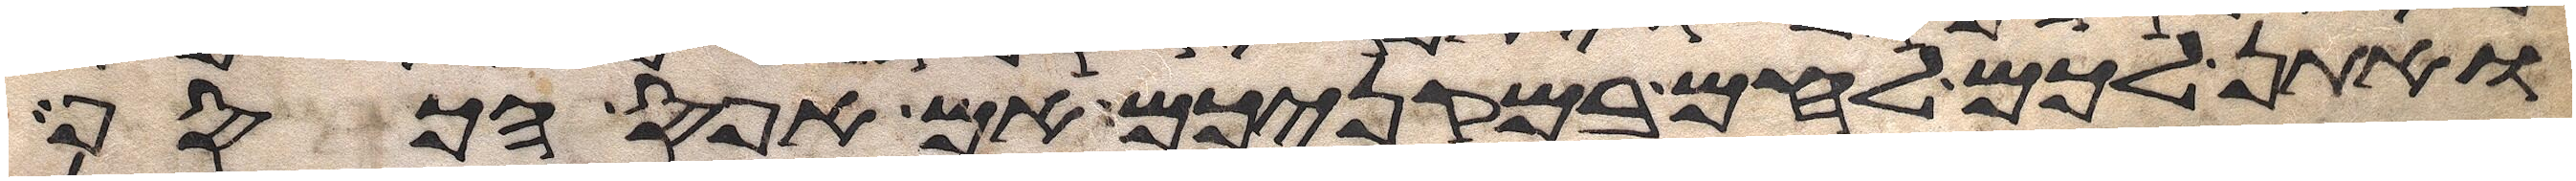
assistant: ואתן לכם לחם במקניכם אם אפס הכסף